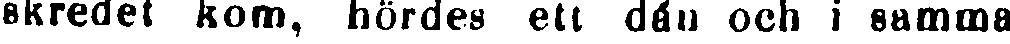
skredet kom, hördes ett dån och i samma